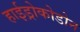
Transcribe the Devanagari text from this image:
हाईड्रोकोडोन